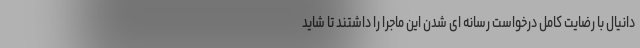
دانیال با رضایت کامل درخواست رسانه ای شدن این ماجرا را داشتند تا شاید